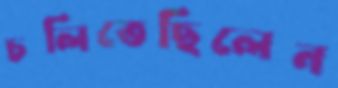
চলিতেছিলেন